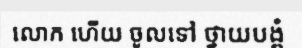
លោក ហើយ ចូលទៅ ថ្វាយបង្គំ